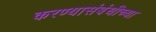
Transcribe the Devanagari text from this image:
करण्यासंबंधीच्या